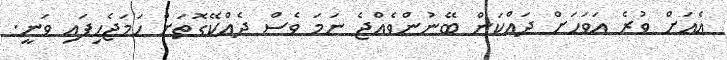
އެއަށް ވުރެ އަވަހަށް ދައްކަން ބޭނުންވެއްޖެ ނަމަ ވެސް ދެއްކޭގޮތަށް ހަމަޖެހިފައި ވަނީ.